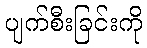
ပျက်စီးခြင်းကို